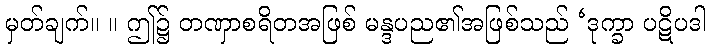
မှတ်ချက်။ ။ ဤ၌ တဏှာစရိတအဖြစ် မန္ဒပည၏အဖြစ်သည် ‘ဒုက္ခာ ပဋိပဒါ